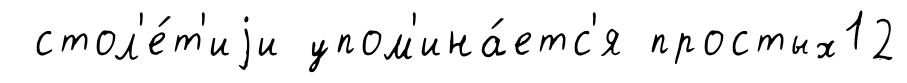
стол'е́т'иjи упом'ина́етс'я простых12